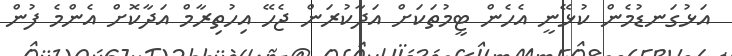
އަޅުގަނޑުމެން ކުޅޭނީ އެހެން ޓީމުތަކަށް އަދާކުރަން ޖެހޭ އިހުތިރާމް އަދާކޮށް އެންމެ ފުން